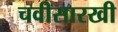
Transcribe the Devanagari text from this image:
चवीसारखी